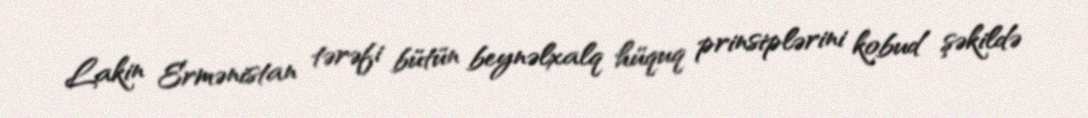
Lakin Ermənistan tərəfi bütün beynəlxalq hüquq prinsiplərini kobud şəkildə